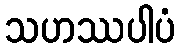
သဟဿပါပံ